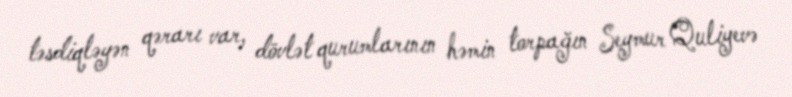
təsdiqləyən qərarı var, dövlət qurumlarının həmin torpağın Seymur Quliyevə